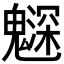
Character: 𩴙